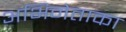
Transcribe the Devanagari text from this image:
अभिनेताका